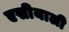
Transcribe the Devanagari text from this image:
एसीयाली